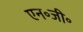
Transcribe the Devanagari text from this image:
एन॰जी॰